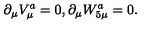
\partial _ { \mu } V _ { \mu } ^ { a } = 0 , \partial _ { \mu } W _ { 5 \mu } ^ { a } = 0 .